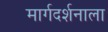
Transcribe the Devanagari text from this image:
मार्गदर्शनाला